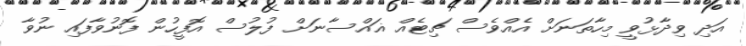
އަދި ވިދާޅުވީ މިހާތަނަށް އެއްވެސް ޗިޓެއް ޣައްސާނަށް ފުލުސް އޮފީހުން ފޮނުވާފައި ނުވާ